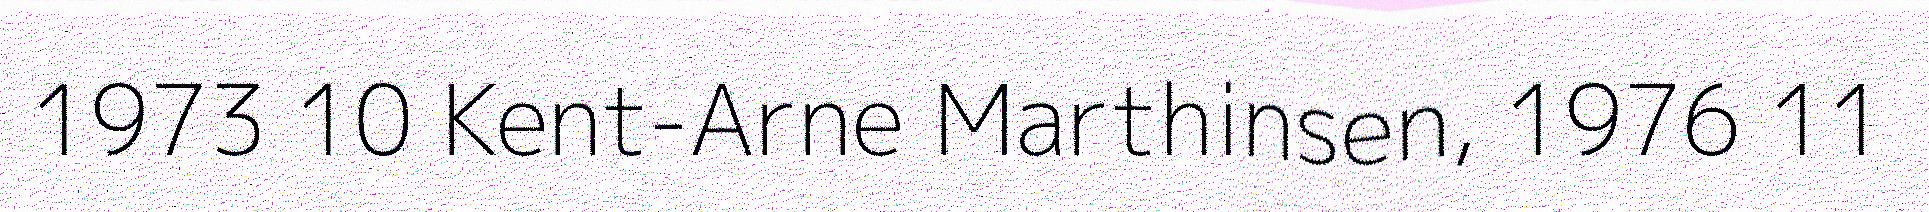
1973 10 Kent-Arne Marthinsen, 1976 11